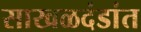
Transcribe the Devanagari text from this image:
साखळदंडांत